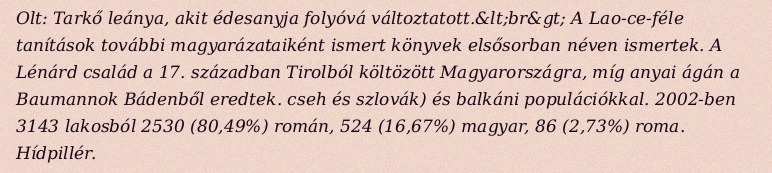
Olt: Tarkő leánya, akit édesanyja folyóvá változtatott.&lt;br&gt; A Lao-ce-féle tanítások további magyarázataiként ismert könyvek elsősorban néven ismertek. A Lénárd család a 17. században Tirolból költözött Magyarországra, míg anyai ágán a Baumannok Bádenből eredtek. cseh és szlovák) és balkáni populációkkal. 2002-ben 3143 lakosból 2530 (80,49%) román, 524 (16,67%) magyar, 86 (2,73%) roma. Hídpillér.